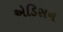
એડિસન